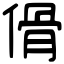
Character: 傦